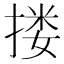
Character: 搂